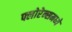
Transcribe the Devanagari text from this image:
फ्लोरेन्समध्ये